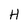
Character: H